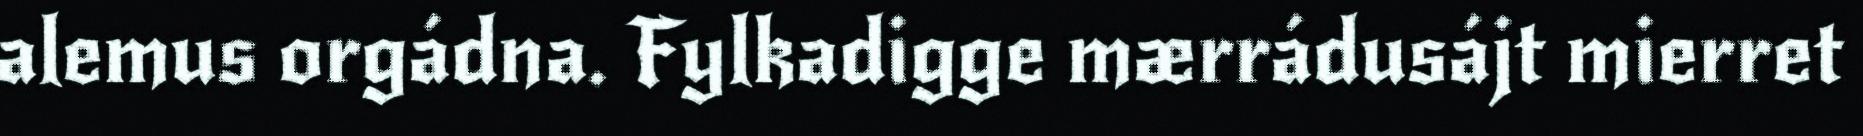
alemus orgádna. Fylkadigge mærrádusájt mierret